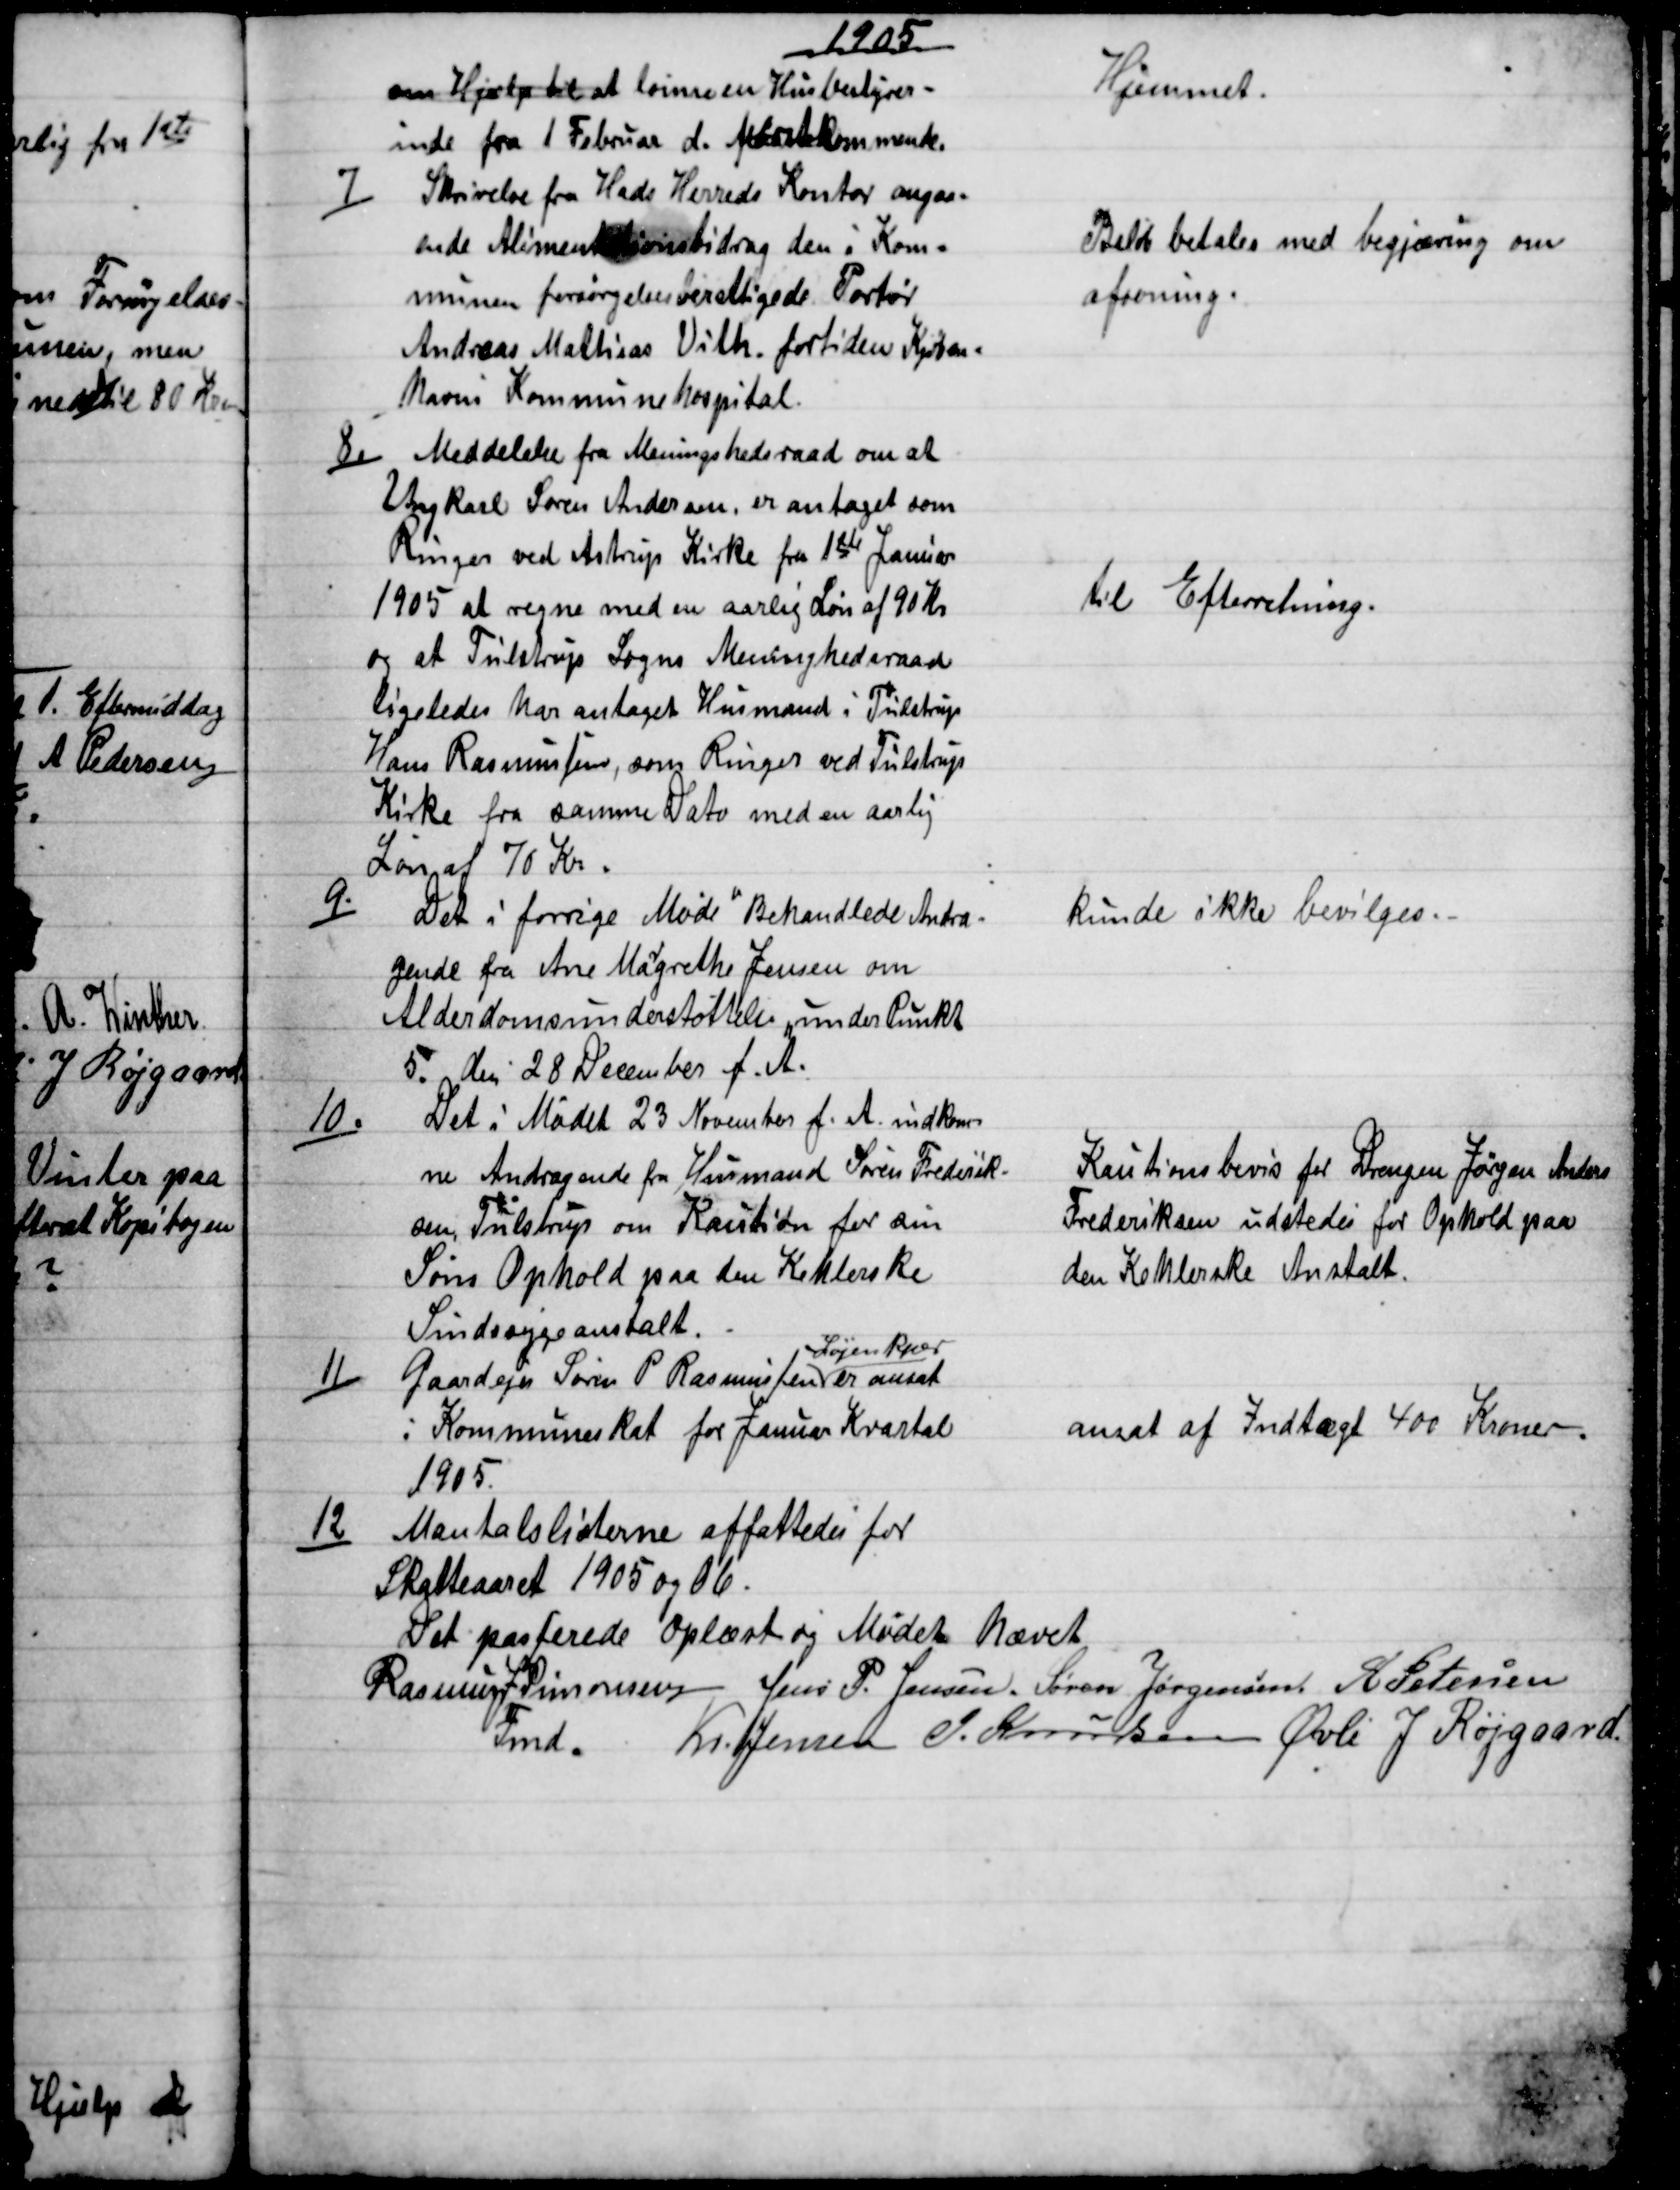
Transskription:
1905
om Hjælp til at lønne en Husbestyrer-
inde fra 1 Februar d. førstkommende.
Hjemmet
7)
Skrivelse fra Hads Herreds Kontor angaa-
ende Alimentationsonsbidrag den i Kom-
munen forsørgelsesberettigede Portør
Andreas Mathias Vith. fortiden Kjøben-
havns Kommunehospital
Beløb betales med begjæring om
afsoning.
8)
Meddelelse fra Meningshedsraad om at
Ungkarl Søren Andersen, er antaget som
Ringer ved Astrup Kirke fra 1ste Januar
1905 at regne med en aarlig Løn af 90 Kr
og at Tulstrup Sogns Meninghedsraad
ligeledes har antaget Husmand i Tulstrup
Hans Rasmussen, som Ringer ved Tulstrup
Kirke fra samme Dato med en aarlig
Løn af 70 Kr.
til Efterretning.
9)
Det i forrige Møde "Behandlede Andra-
gende fra Ane Ma
r
grethe Jensen om
Alderdomsunderstøttelse" under Punkt
5. den 28 December f. A.
kunde ikke bevilges.
10)
Det i Mødet 23 November f. A. indkom-
ne Andragende fra Husmand Søren Frederik-
sen, Tulstrup om Kaution for sin
Søns Ophold paa den Kehlerske
Sindssygeanstalt.
Kautionsbevis for Drengen Jørgen Anders
Frederiksen udstedes for Ophold paa
den Kehlerske Anstalt.
11)
Gaardejer Søren P. Rasmussen 
Løjenkjær
er ansat
i Kommuneskat for Januar Kvartal
1905.
ansat af Indtægt 400 Kroner.
12)
Mantalslisterne affattedes for
Skatteaaret 1905 og 06.
Det passerede oplæst og Mødet hævet
Rasmus J Simonsen 
Fmd. 
Jens P. Jensen. Søren Jørgensen. A. Petersen
Kr. Jensen J. Knudsen Øvli J Røjgaard.